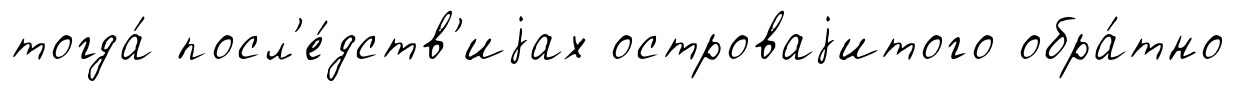
тогда́ посл'е́дств'иjах островаjитого обра́тно